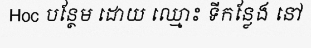
Hoc បន្ថែម ដោយ ឈ្មោះ ទីកន្លែង នៅ